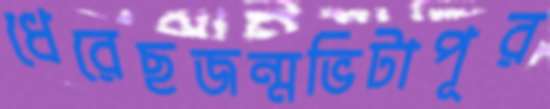
ধেরেছজন্মভিটাপূর